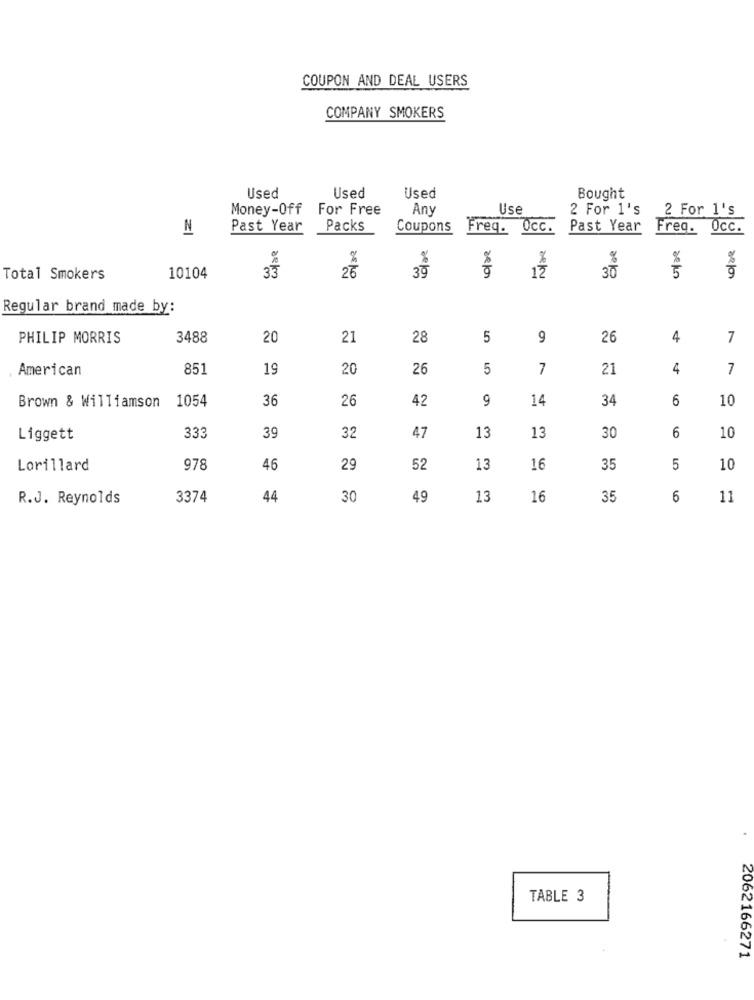
COUPON AND DEAL USERS
COMPANY SMOKERS
Used
Used
Used
Bought
Money-Off
For Free
Any
Use
2 For 1's
2 For 1's
N
Past Year
Packs
Coupons
Freq. Occ.
Past Year
Freq. Occ.
%
%
%
%
25
30
5
Total Smokers
10104
12
30
Regular brand made by:
PHILIP MORRIS
3488
20
21
28
5
9
26
4
7
American
851
19
20
26
5
7
21
4
7
36
26
42
9
14
34
6
10
Brown & Williamson 1054
Liggett
333
39
32
47
13
13
30
6
10
Lorillard
978
46
29
52
13
16
35
5
10
R.J. Reynolds
3374
44
30
49
13
16
35
6
11
TABLE 3
2062166271